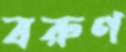
বরুণ